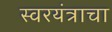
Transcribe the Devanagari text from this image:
स्वरयंत्राचा